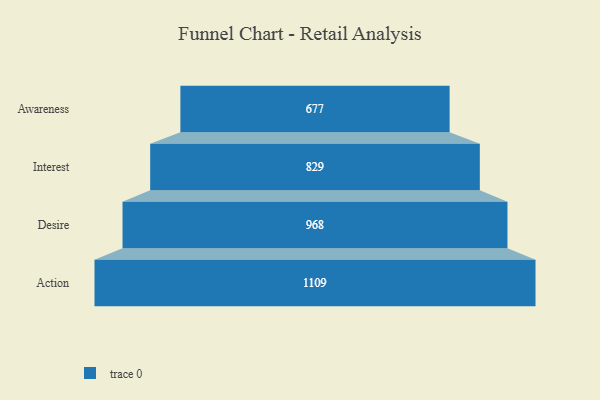
{"axis": {"x": "Stage", "y": "Value"}, "legend": [""], "data": [{"x": "Awareness", "y": 677.0, "type": ""}, {"x": "Interest", "y": 829.0, "type": ""}, {"x": "Desire", "y": 968.0, "type": ""}, {"x": "Action", "y": 1109.0, "type": ""}]}